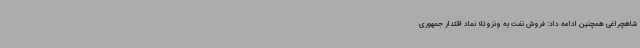
شاهچراغی همچنین ادامه داد: فروش نفت به ونزوئلا نماد اقتدار جمهوری